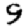
Digit: 9